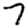
Digit: 7